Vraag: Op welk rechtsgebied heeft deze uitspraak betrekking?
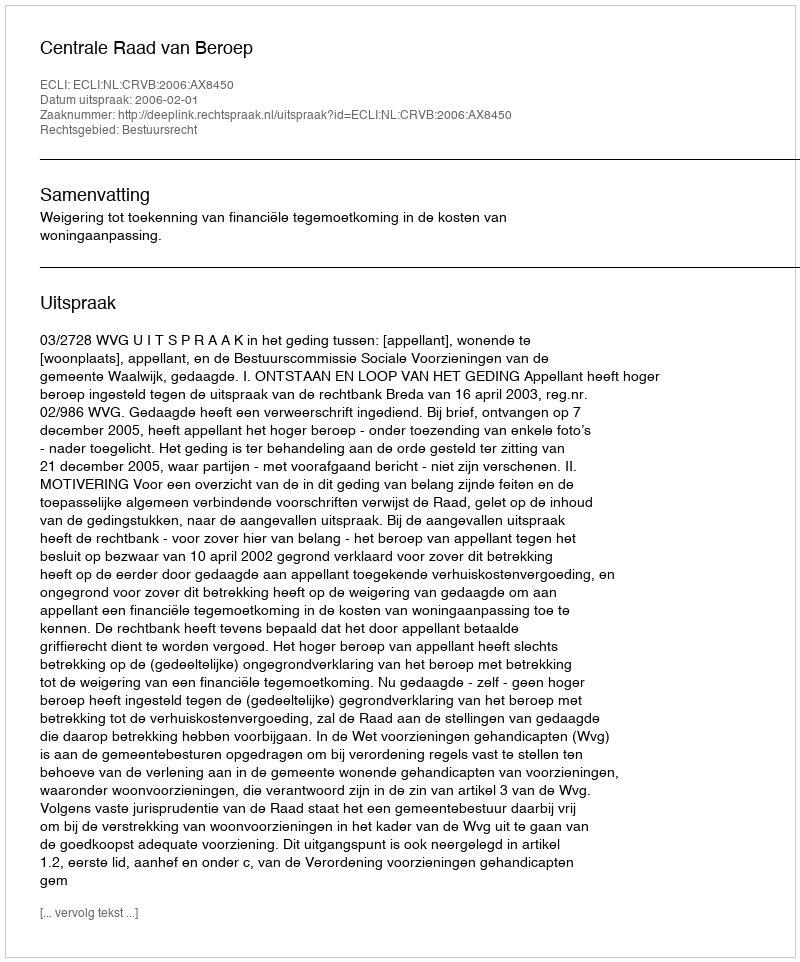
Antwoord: Bestuursrecht